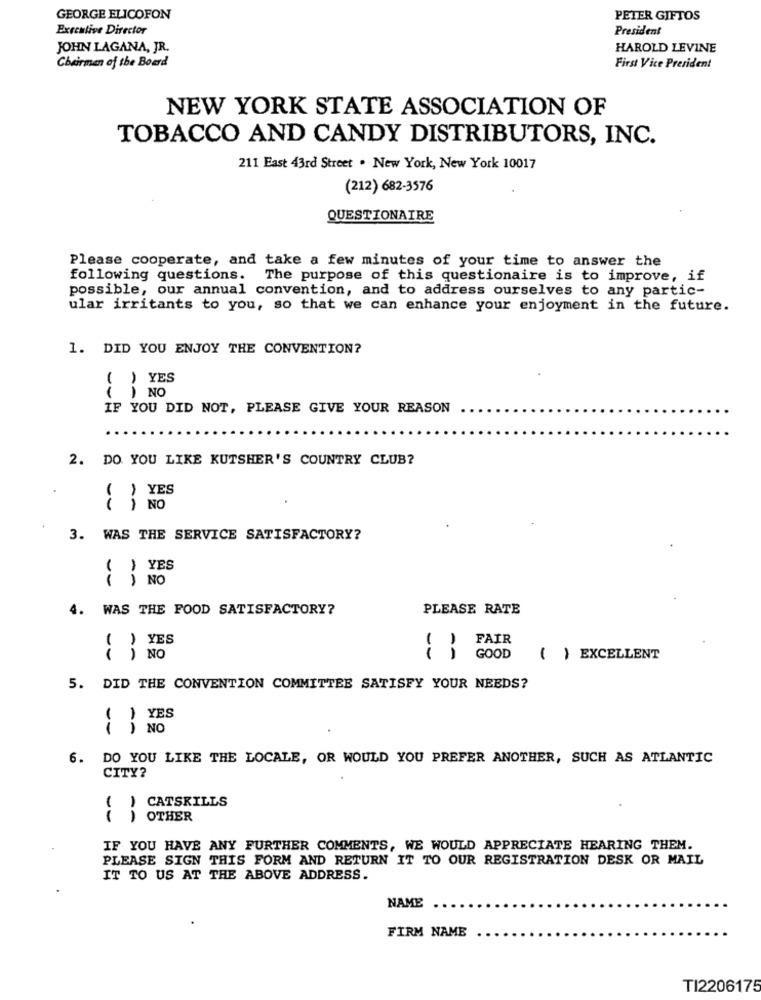
GEORGE ELICOFON
PETER GIFTOS
Executive Director
President
JOHN LAGANA, JR.
HAROLD LEVINE
Chairman of the Board
First Vice President
NEW YORK STATE ASSOCIATION OF
TOBACCO AND CANDY DISTRIBUTORS, INC.
211 East 43rd Street . New York, New York 10017
(212) 682-3576
QUESTIONAIRE
Please cooperate, and take a few minutes of your time to answer the
following questions. The purpose of this questionaire is to improve, if
possible, our annual convention, and to address ourselves to any partic-
ular irritants to you, so that we can enhance your enjoyment in the future.
1. DID YOU ENJOY THE CONVENTION?
! YES
( ) NO
IF YOU DID NOT, PLEASE GIVE YOUR REASON
2. DO YOU LIKE KUTSHER'S COUNTRY CLUB?
YES
NO
3. WAS THE SERVICE SATISFACTORY?
( ) YES
( ) NO
4. WAS THE FOOD SATISFACTORY?
PLEASE RATE
YES
FAIR
NO
--
--
GOOD
( ) EXCELLENT
5. DID THE CONVENTION COMMITTEE SATISFY YOUR NEEDS?
--
) NO
6. DO YOU LIKE THE LOCALE, OR WOULD YOU PREFER ANOTHER, SUCH AS ATLANTIC
CITY?
CATSKILLS
( ) OTHER
IF YOU HAVE ANY FURTHER COMMENTS, WE WOULD APPRECIATE HEARING THEM.
PLEASE SIGN THIS FORM AND RETURN IT TO OUR REGISTRATION DESK OR MAIL
IT TO US AT THE ABOVE ADDRESS.
NAME
FIRM NAME
TI2206175